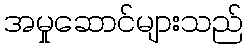
အမှုဆောင်များသည်